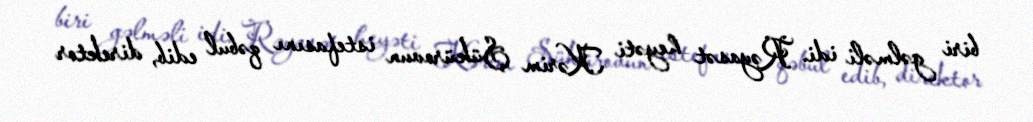
biri gəlməli idi. Rəyasət heyəti Kərim Şükürovun istefasını qəbul edib, direktor